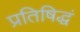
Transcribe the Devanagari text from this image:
प्रतिषिद्धं